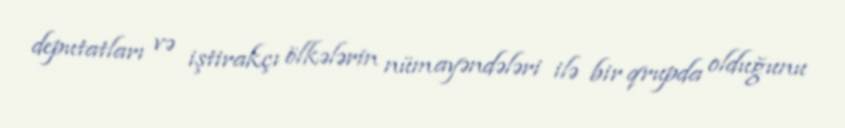
deputatları və iştirakçı ölkələrin nümayəndələri ilə bir qrupda olduğunu